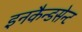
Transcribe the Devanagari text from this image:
इनकैन्डसेन्ट